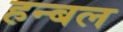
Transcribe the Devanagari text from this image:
हन्बल